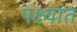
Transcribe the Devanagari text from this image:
पक्ष्यांत